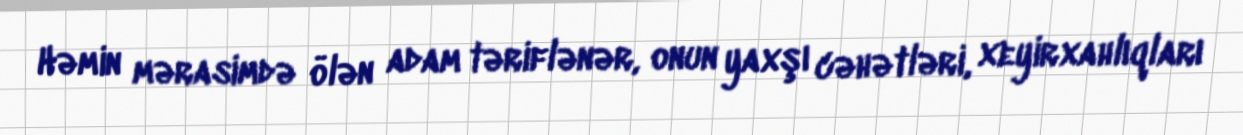
Həmin mərasimdə ölən adam təriflənər, onun yaxşı cəhətləri, xeyirxahlıqları